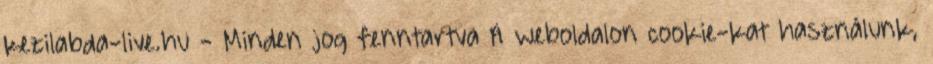
kezilabda-live.hu - Minden jog fenntartva A weboldalon cookie-kat használunk,